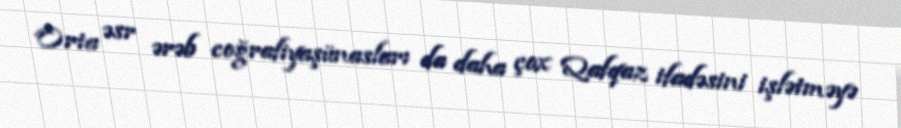
Orta əsr ərəb coğrafiyaşünasları da daha çox Qafqaz ifadəsini işlətməyə